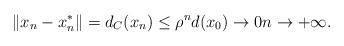
LaTeX: \begin{align*}\|x_n -x_n^*\| =d_C(x_n) \leq \rho^n d(x_0) \to 0 n \to +\infty.\end{align*}